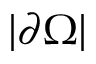
| \partial \Omega |